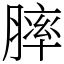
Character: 膟